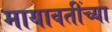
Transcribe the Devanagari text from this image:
मायावतींच्या